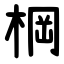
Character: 棡